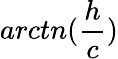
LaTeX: arctn(\frac{h}{c})